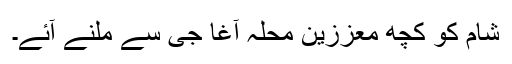
شام کو کچھ معززین محلہ آغا جی سے ملنے آئے۔